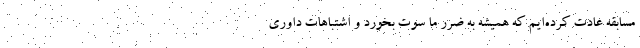
مسابقه عادت کرده‌ایم که همیشه به ضرر ما سوت بخورد و اشتباهات داوری